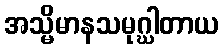
အသ္မိမာနသမုဂ္ဃါတာယ